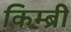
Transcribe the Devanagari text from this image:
किम्ब्री